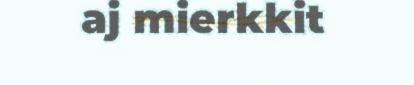
aj mierkkit